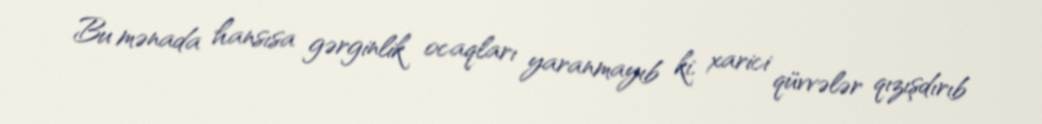
Bu mənada hansısa gərginlik ocaqları yaranmayıb ki, xarici qüvvələr qızışdırıb